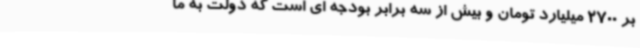
بر 2700 میلیارد تومان و بیش از سه برابر بودجه ای است که دولت به ما